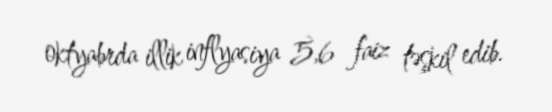
oktyabrda illik inflyasiya 5,6 faiz təşkil edib.